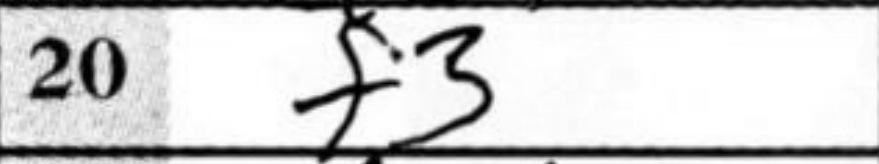
Transcription: f3